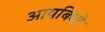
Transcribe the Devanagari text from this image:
आयबिबो